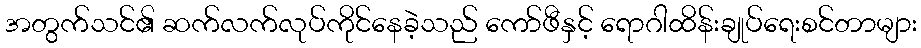
အတွက်သင်၏ ဆက်လက်လုပ်ကိုင်နေခဲ့သည် ကော်ဖီနှင့် ရောဂါထိန်းချုပ်ရေးစင်တာများ